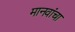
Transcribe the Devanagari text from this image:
मानवांचा